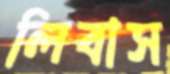
লিবাস